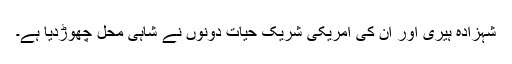
شہزادہ ہیری اور ان کی امریکی شریک حیات دونوں نے شاہی محل چھوڑدیا ہے۔